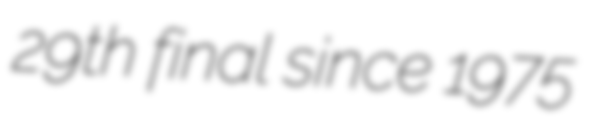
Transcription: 29th final since 1975